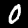
Label: 0